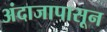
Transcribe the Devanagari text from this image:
अंदाजापासून